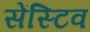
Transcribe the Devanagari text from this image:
सेंस्टिव